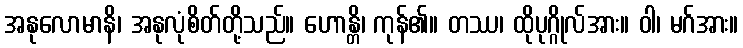
အနုလောမာနိ၊ အနုလုံစိတ်တို့သည်။ ဟောန္တိ၊ ကုန်၏။ တဿ၊ ထိုပုဂ္ဂိုလ်အား။ ဝါ၊ မဂ်အား။